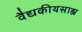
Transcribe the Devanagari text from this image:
वैद्यकीयसाह्य